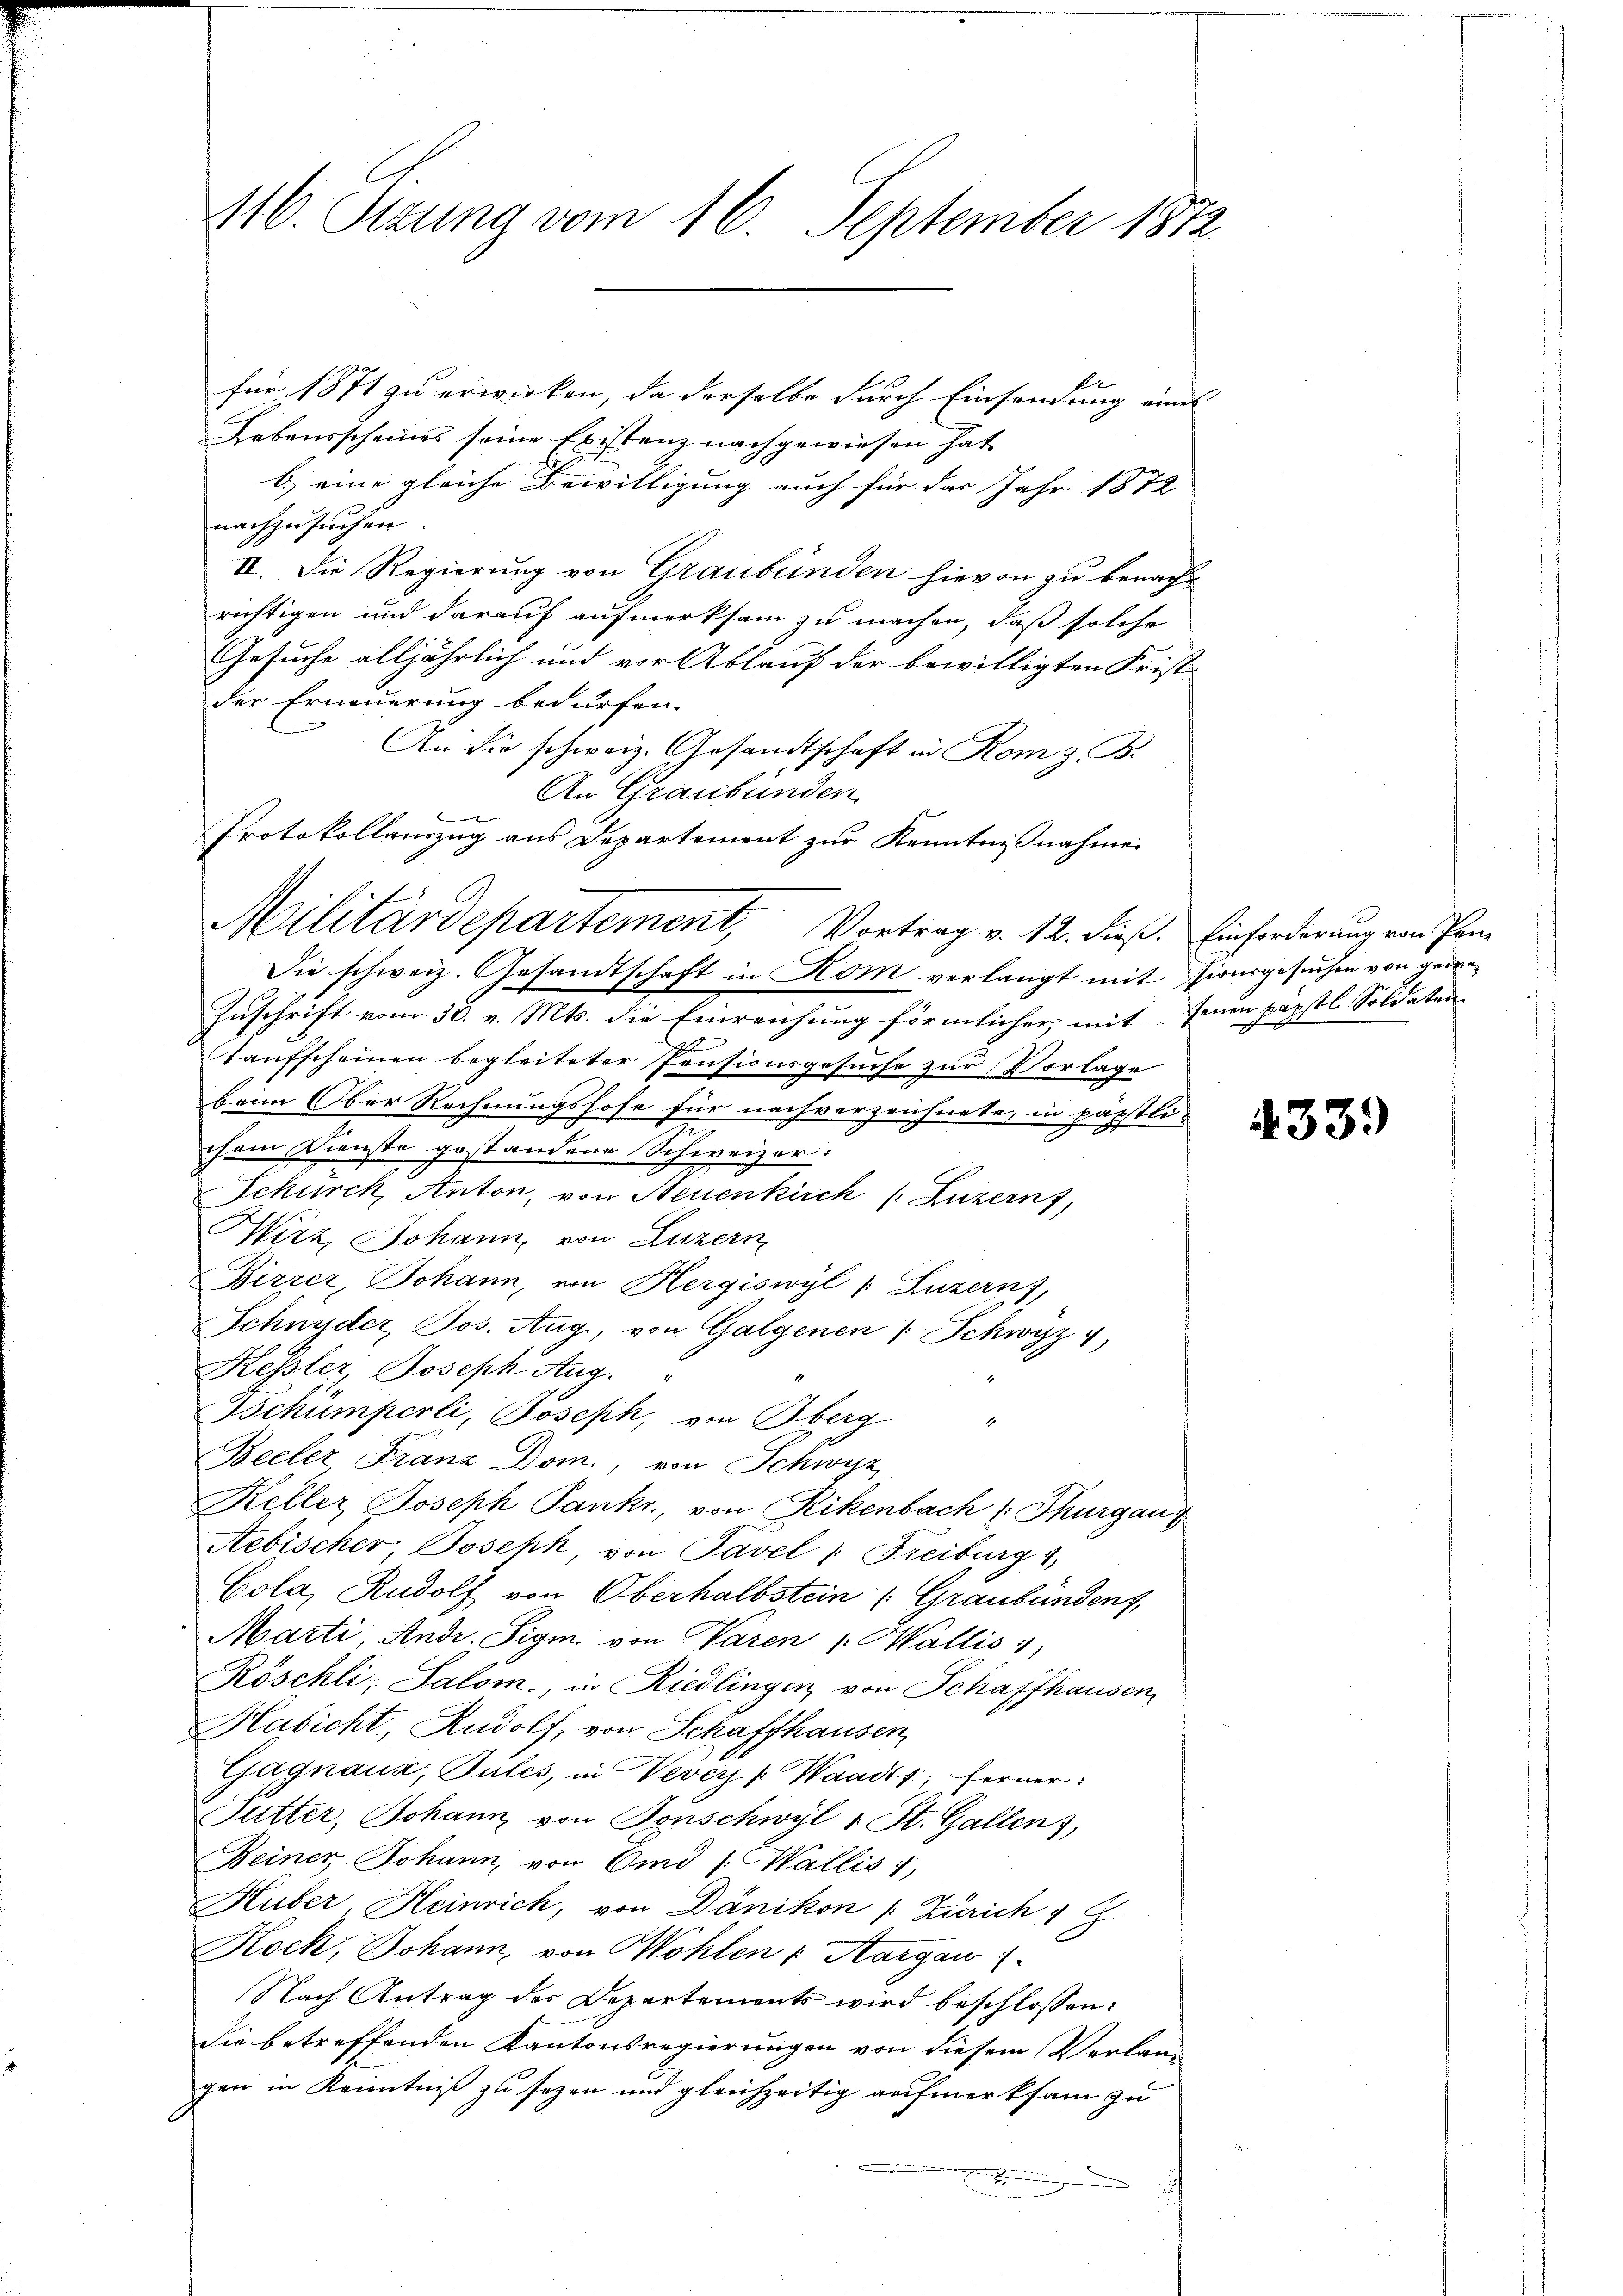
116. Sizung vom 16. September 1812.

für 1871 zu erwirken, da derselbe durch Einsendung eines
Lebensscheines seine Existenz nachgewiesen hat,
b.) eine gleiche Bewilligung auch für das Jahr 1872
nachzusuchen.
II. Die Regierung von Graubünden hievon zu benacht
richtigen und darauf aufmerksam zu machen, daß solche
Gesuche alljährlich und vor Ablauf der bewilligten Frist
der Erneuerung bedürfen.
An die schweiz. Gesandtschaft in Rom z. B.
An Graubünden
Die schweiz. Gesandtschaft in Rom verlangt mit Pionsgesuchen von gedre¬
Zuschrift vom 30. v. Mts. die Einreichung förmlicher, mit seien päpstl. Soldatentaufscheinen begleiteter Pensionsgesuche zur Vorlage
beim Ober Rechnungshofe für nachverzeichnete, in päpstli-
chem Dienste gestandene Schweizer:
Schurck, Anton, von Neuenkirch (Luzern,
Wirz, Johann von Luzern
Birzer, Johann, von Hergiswyl /: Luzern,
Schnyder Jos. Aug., von Galgenen / Schwyz 4,
Kessler Joseph Aug.
Gschumperli, Joseph, von Bberg
1
Beeler Franz Dom., von Schwyz
Keller Joseph Pankt, von Rikenbach /: Thurgau
Aebischer, Joseph, von Tavel " Freiburg 1
Cola, Rudolf von Oberhalbstein Graubünden,
Marti, Andr. Sigm. von Varen 1. Wallis
Röschli, Salom., in Riedlingen, von Schaffhausen
Habicht, Rudolf, von Schaffhausen,
Gagnaus, Pules, in Vevey ( Waadt; ferner
Futter, Johann von Tonschwyl v. St. Gallen),
Beiner, Johann von Omd /: Wallis,
Huber Heinrich, von Dänikon [Zürich 1
Koch, Johann, von Wohlen v. Aargau
Nach Antrag des Departements wird beschlossen:
die betreffenden Kantonsregierungen von diesem Verlangen in Kenntniß zu setzen und gleichzeitig aufmerksam zu
.
n
u

t
Protokollauszug aus Departement zur Kenntnißnahmen
Militärdepartement, Vortrag v. 12. dieß. Einforderung von Pan¬

4339